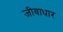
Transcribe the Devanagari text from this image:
जीवाधार